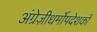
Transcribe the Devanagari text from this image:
अंग्रेज़ीधर्मोपदेशकों